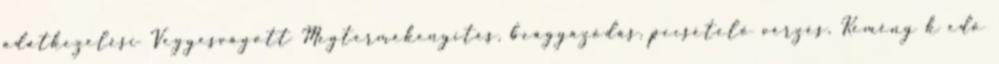
adatkezelési Vegyesvágott Megtermékenyítés, beágyazódás, pecsételő vérzés. Kemény k edő